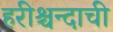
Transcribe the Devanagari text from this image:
हरीश्चन्दाची